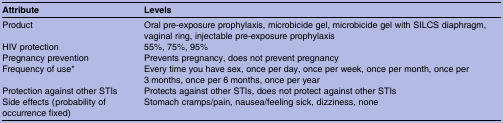
<table><thead><tr><td><b>Attribute</b></td><td><b>Levels</b></td></tr></thead><tbody><tr><td>Product</td><td>Oral pre-exposure prophylaxis, microbicide gel, microbicide gel with SILCS diaphragm, vaginal ring, injectable pre-exposure prophylaxis</td></tr><tr><td>HIV protection</td><td>55%, 75%, 95%</td></tr><tr><td>Pregnancy prevention</td><td>Prevents pregnancy, does not prevent pregnancy</td></tr><tr><td>Frequency of use*</td><td>Every time you have sex, once per day, once per week, once per month, once per 3 months, once per 6 months, once per year</td></tr><tr><td>Protection against other STIs</td><td>Protects against other STIs, does not protect against other STIs</td></tr><tr><td>Side effects (probability of occurrence fixed)</td><td>Stomach cramps/pain, nausea/feeling sick, dizziness, none</td></tr></tbody></table>